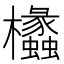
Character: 欚